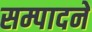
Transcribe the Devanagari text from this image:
सम्पादनें